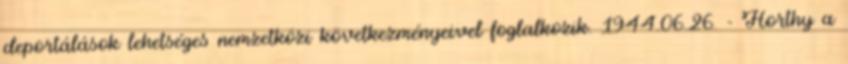
deportálások lehetséges nemzetközi következményeivel foglalkozik. 1944.06.26. - Horthy a